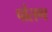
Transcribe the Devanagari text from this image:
पौसण